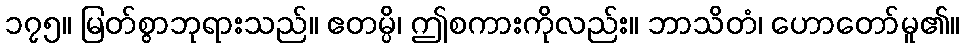
၁၇၅။ မြတ်စွာဘုရားသည်။ ဧတမ္ပိ၊ ဤစကားကိုလည်း။ ဘာသိတံ၊ ဟောတော်မူ၏။